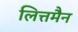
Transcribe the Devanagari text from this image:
लित्तमैन